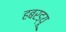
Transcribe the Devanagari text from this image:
हबरड्यू